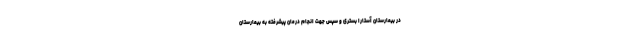
در بیمارستان آستارا بستری و سپس جهت انجام درمان پیشرفته به بیمارستان